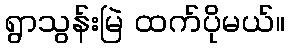
ရွာသွန်းမြဲ ထက်ပိုမယ်။